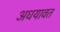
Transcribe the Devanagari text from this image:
अधयावत